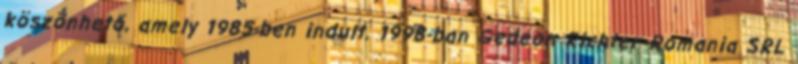
köszönhető, amely 1985-ben indult. 1998-ban Gedeon Richter Romania SRL